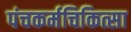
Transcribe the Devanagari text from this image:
पंचकर्मचिकित्सा